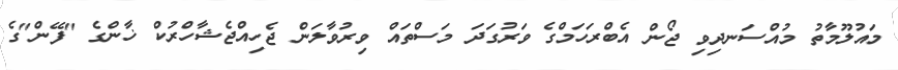
މައުލޫމާތު މުއްސަނދިވި ޖޯން އެބްރަހަމްގެ ވަރުގަދަ މަސްތައް ވިރުވާލަން ޖެހިއްޖެޝާހްރުކް ޚާންގެ "ފޭން"ގެ